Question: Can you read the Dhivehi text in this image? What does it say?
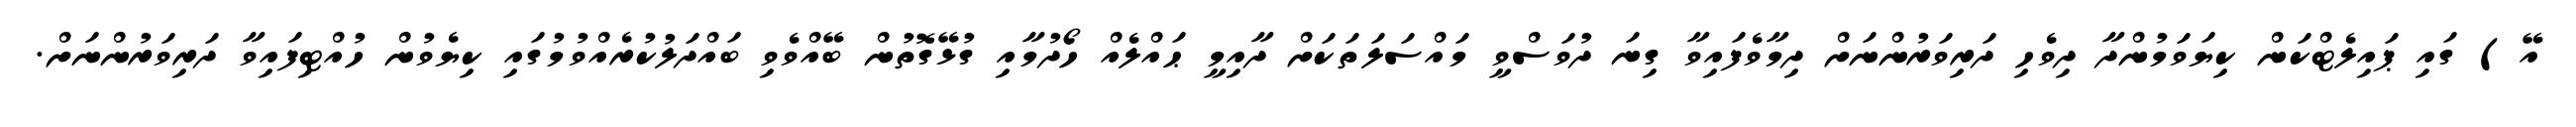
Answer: އޭ) ގައި ޕައިލެޓްކަން ކިޔަވަމުންދާ ދިވެހި ދަރިވަރުންނަށް ދިމާވެފައިވާ ގިނަ ދުވަސްވީ މައްސަލަތަކަށް ދާއިމީ ޙައްލެއް ހޯދުމާއި ގުޅޭގޮތުން ބޭއްވެވި ބައްދަލުކުރެއްވުމުގައި ކިޔެވުން ހުއްޓިފައިވާ ދަރިވަރުންނަށް.